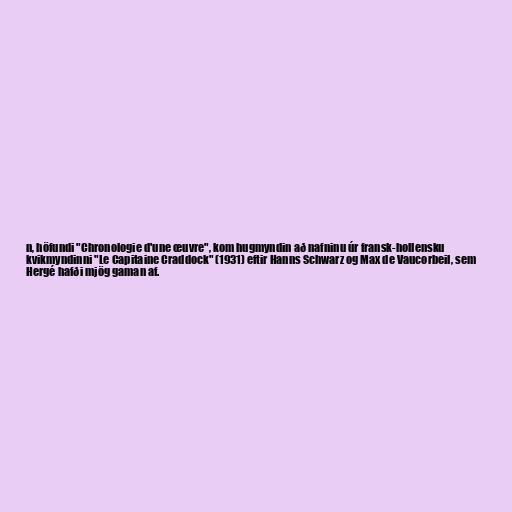
n, höfundi "Chronologie d'une œuvre", kom hugmyndin að nafninu úr fransk-hollensku
kvikmyndinni "Le Capitaine Craddock" (1931) eftir Hanns Schwarz og Max de Vaucorbeil, sem
Hergé hafði mjög gaman af.